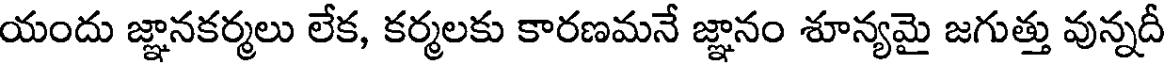
యందు జ్ఞానకర్మలు లేక, కర్మలకు కారణమనే జ్ఞానం శూన్యమై జగుత్తు వున్నదీ